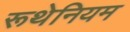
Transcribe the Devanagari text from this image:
रूथेनियम